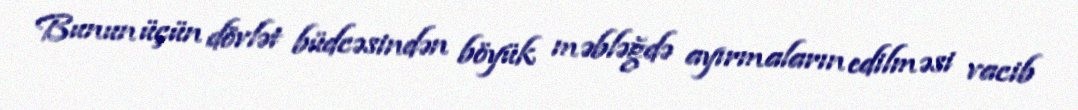
Bunun üçün dövlət büdcəsindən böyük məbləğdə ayırmaların edilməsi vacib